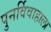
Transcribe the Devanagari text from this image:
पुनर्विवाहाला